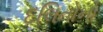
દલિતોનો